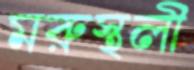
মরুস্থলী